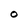
Character: O